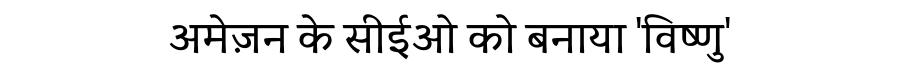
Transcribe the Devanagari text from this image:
अमेज़न के सीईओ को बनाया 'विष्णु'